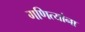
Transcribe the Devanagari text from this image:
गणित्यांना